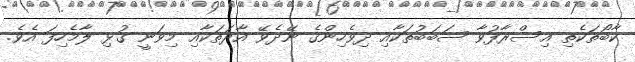
ކާބޯތަކެތި އިސްރާފުވާ ސަބަބުތަކާއި ދިވެހިންގެ ނޭދެވޭ އާދަތަކާއި މިވަނީ ގުޅި ލާމެހިފަ އެވެ.